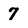
Character: 7